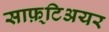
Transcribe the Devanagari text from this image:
साफ़्टिअयर